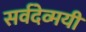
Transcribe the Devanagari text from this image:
सर्वदेव्मयी